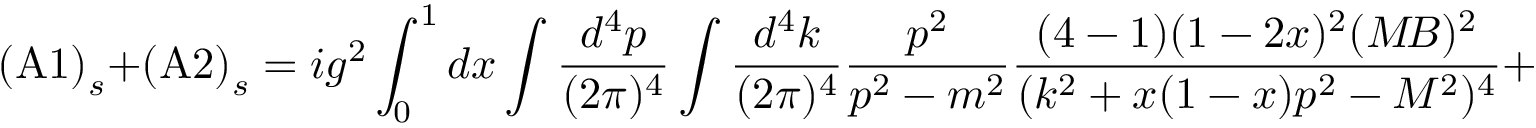
\mathrm { ( A 1 ) } _ { s } + \mathrm { ( A 2 ) } _ { s } = i g ^ { 2 } \int _ { 0 } ^ { 1 } d x \int { \frac { d ^ { 4 } p } { ( 2 \pi ) ^ { 4 } } } \int { \frac { d ^ { 4 } k } { ( 2 \pi ) ^ { 4 } } } { \frac { p ^ { 2 } } { p ^ { 2 } - m ^ { 2 } } } { \frac { ( 4 - 1 ) ( 1 - 2 x ) ^ { 2 } ( M \! B ) ^ { 2 } } { ( k ^ { 2 } + x ( 1 - x ) p ^ { 2 } - M ^ { 2 } ) ^ { 4 } } } +